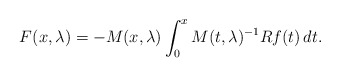
\begin{align*}F(x,\lambda)= -M(x,\lambda)\int_0^x M(t,\lambda)^{-1} R f(t)\,dt.\end{align*}